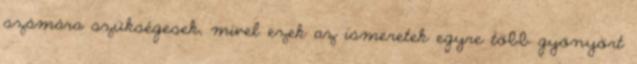
számára szükségesek, mivel ezek az ismeretek egyre több gyönyört